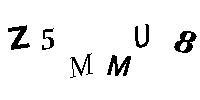
Z5MMU8